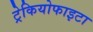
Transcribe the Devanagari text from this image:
ट्रेकियोफाइटा